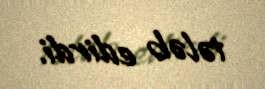
tələb edirdi.